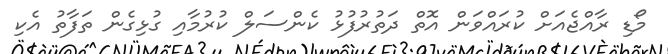
މޯޑި ރާއްޖެއަށް ކުރައްވަން އޮތް ދަތުރުފުޅު ކެންސަލް ކުރުމާއި ގުޅިގެން ތަފާތު އެކި